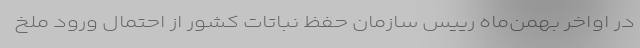
در اواخر بهمن‌ماه رییس سازمان حفظ نباتات کشور از احتمال ورود ملخ